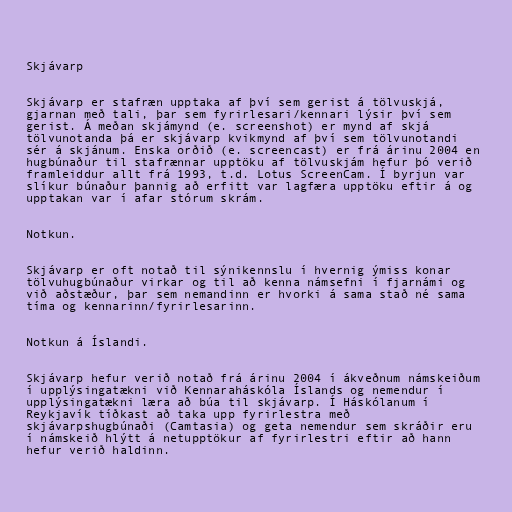
Skjávarp

Skjávarp er stafræn upptaka af því sem gerist á tölvuskjá,
gjarnan með tali, þar sem fyrirlesari/kennari lýsir því sem
gerist. Á meðan skjámynd (e. screenshot) er mynd af skjá
tölvunotanda þá er skjávarp kvikmynd af því sem tölvunotandi
sér á skjánum. Enska orðið (e. screencast) er frá árinu 2004 en
hugbúnaður til stafrænnar upptöku af tölvuskjám hefur þó verið
framleiddur allt frá 1993, t.d. Lotus ScreenCam. Í byrjun var
slíkur búnaður þannig að erfitt var lagfæra upptöku eftir á og
upptakan var í afar stórum skrám.

Notkun.

Skjávarp er oft notað til sýnikennslu í hvernig ýmiss konar
tölvuhugbúnaður virkar og til að kenna námsefni í fjarnámi og
við aðstæður, þar sem nemandinn er hvorki á sama stað né sama
tíma og kennarinn/fyrirlesarinn.

Notkun á Íslandi.

Skjávarp hefur verið notað frá árinu 2004 í ákveðnum námskeiðum
í upplýsingatækni við Kennaraháskóla Íslands og nemendur í
upplýsingatækni læra að búa til skjávarp. Í Háskólanum í
Reykjavík tíðkast að taka upp fyrirlestra með
skjávarpshugbúnaði (Camtasia) og geta nemendur sem skráðir eru
í námskeið hlýtt á netupptökur af fyrirlestri eftir að hann
hefur verið haldinn.